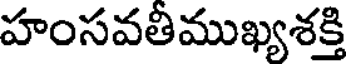
హంసవతీముఖ్యశక్తి